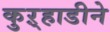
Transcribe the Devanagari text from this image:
कुऱ्हाडीने